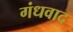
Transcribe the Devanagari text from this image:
गंधवाद